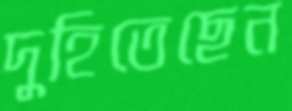
দুহিতেছেন